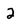
Character: 2